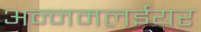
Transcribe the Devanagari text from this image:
अन्नमलईयर